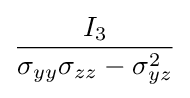
{\frac {I_{3}}{\sigma _{yy}\sigma _{zz}-\sigma _{yz}^{2}}}